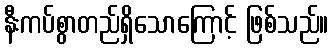
နီးကပ်စွာတည်ရှိသောကြောင့် ဖြစ်သည်။